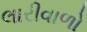
લારીવાળો